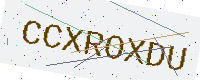
Text: CCXROXDU